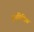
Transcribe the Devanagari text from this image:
इनविदिया